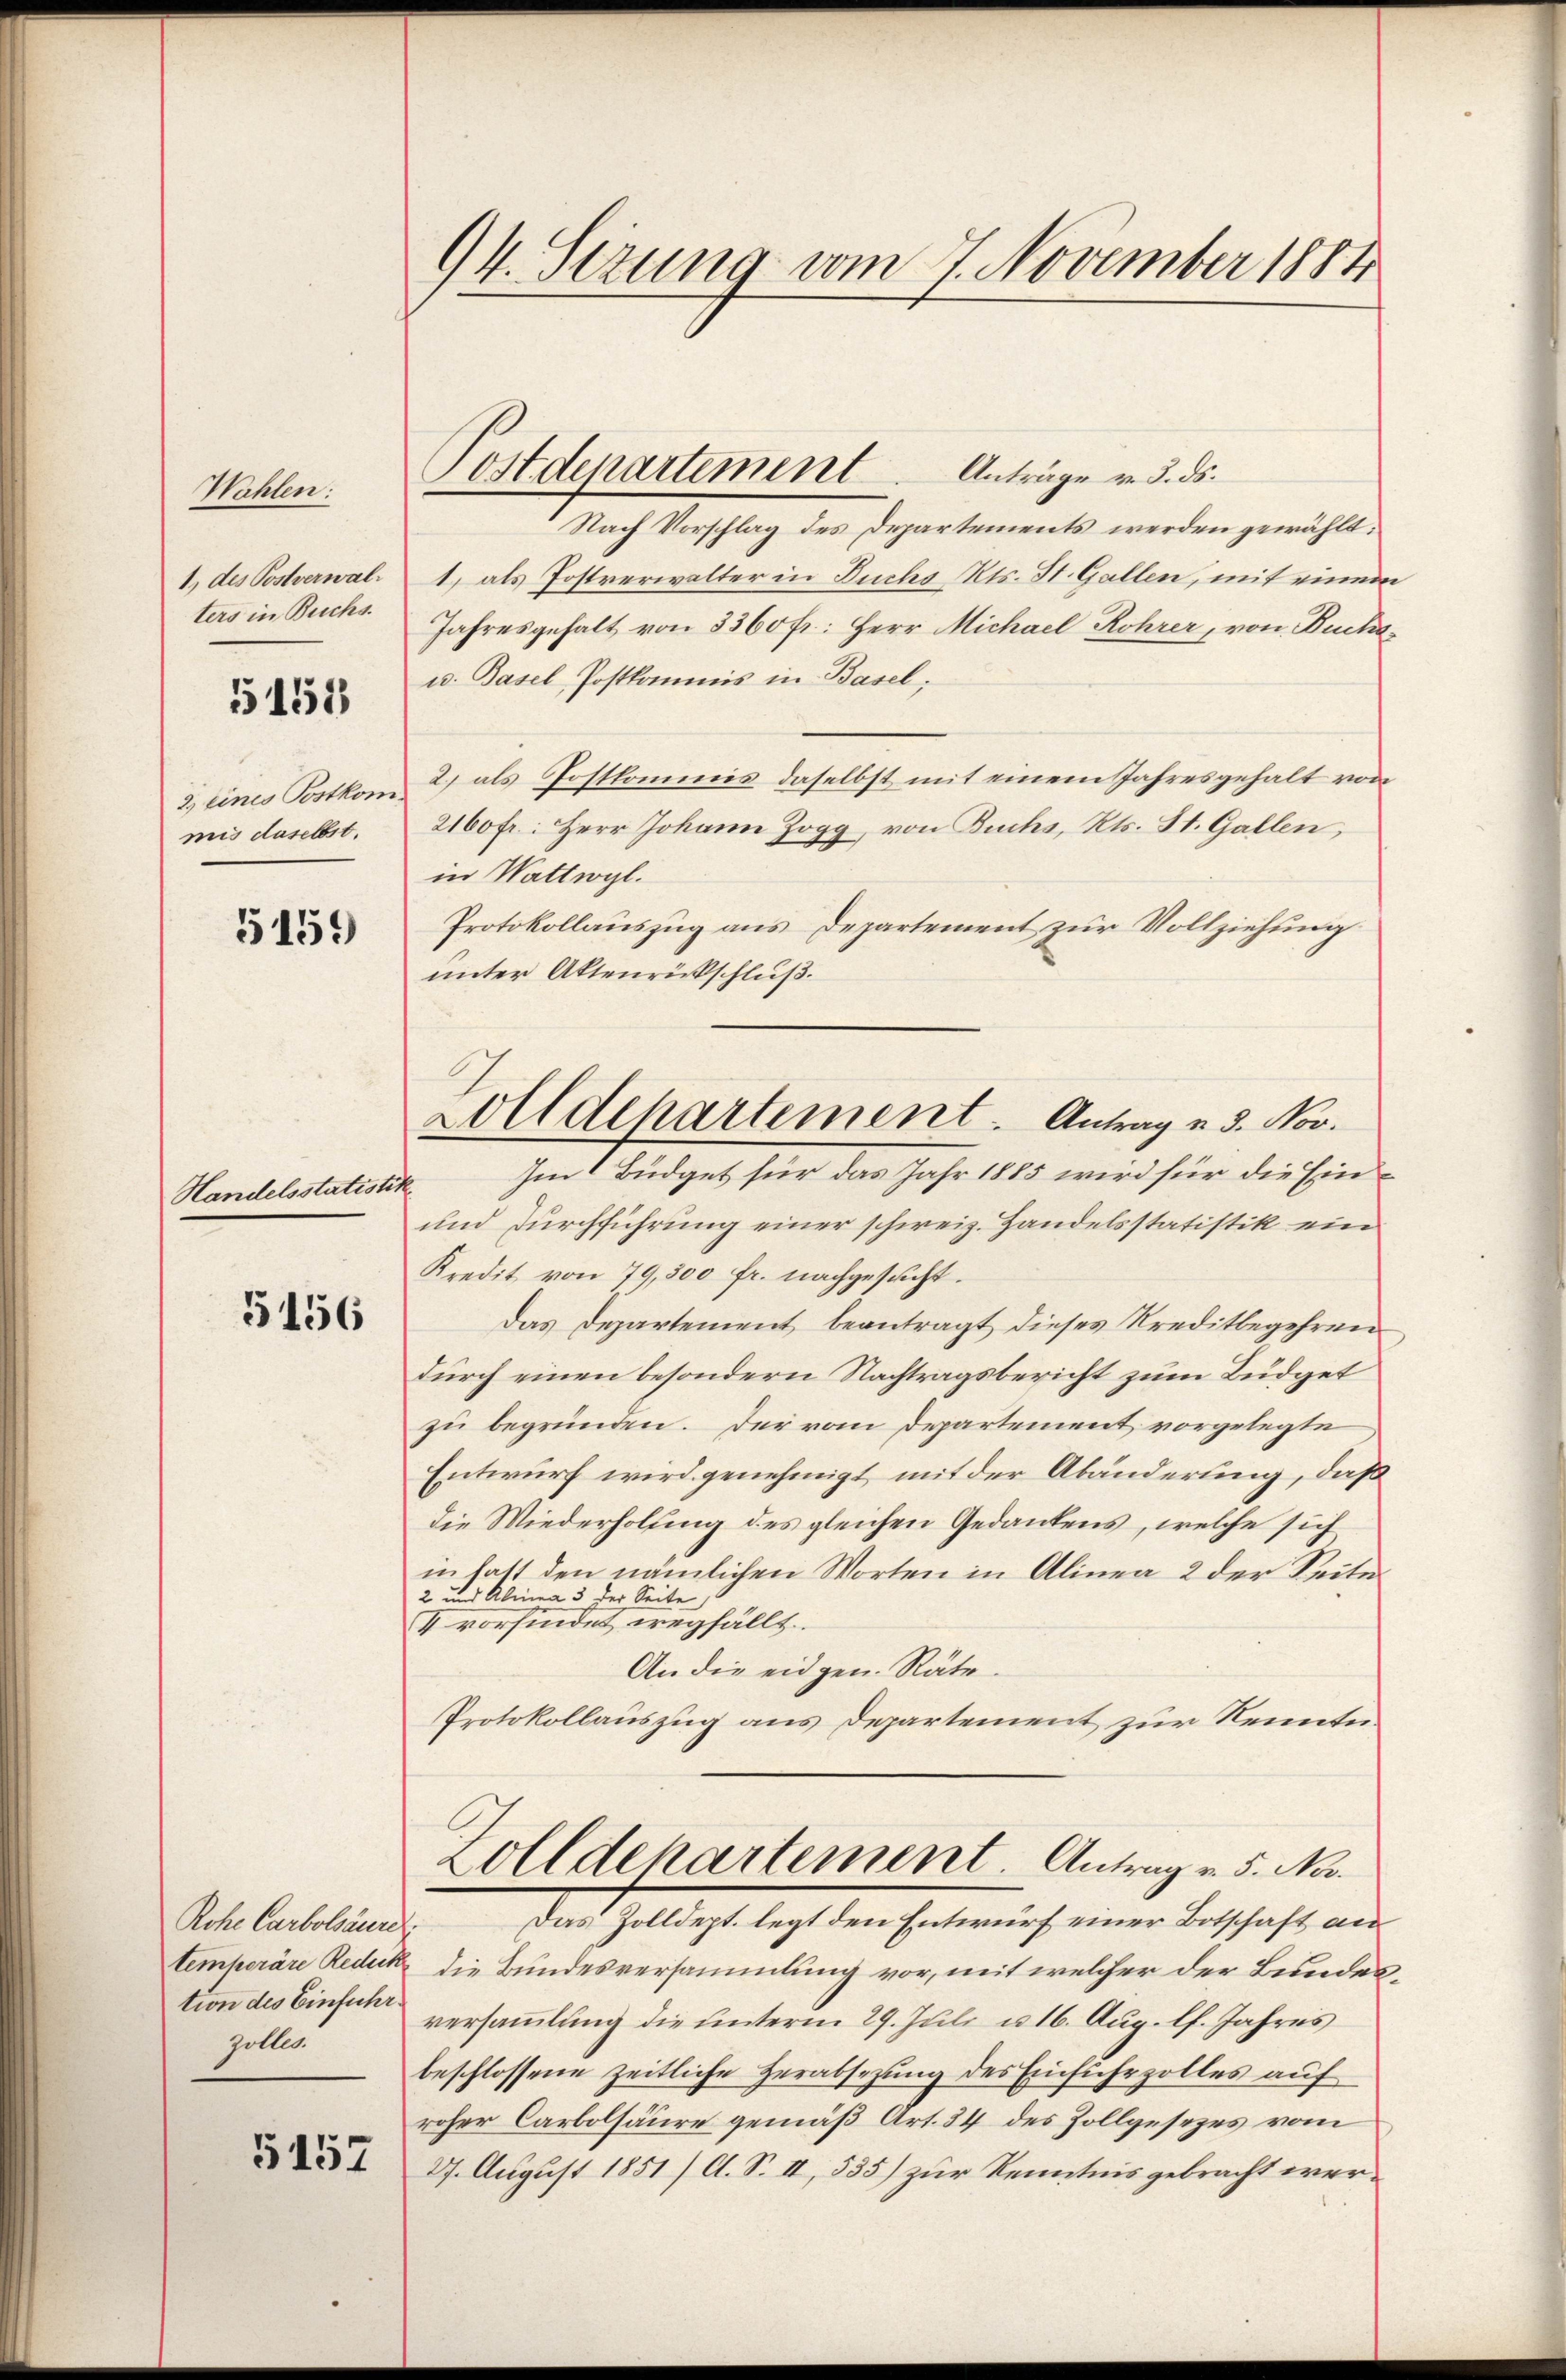
Wahlen:
1., des Postverwalters in Buchs.

5158

z eines Postkom
mis daselbst.

5159

Handelsstatistin

5156

Rohe Carbolsäure.
tion des Einführ
zollen.

5157

94. Sezung vom 7. November 1884

ostdepartement

Anträge v. 3. ds.
Nach Vorschlag des Departements werden gewählt:
1) als Postverwalter in Fuchs Kts. St. Gallen, mit einem
Jahresgehalt von 3360 fr. Herr Michael Rohrer, von Buchs¬
u. Basel-Postkommis in Basel;
2) als Postkommnis daselbst mit einem Jahresgehalt von
2160 fr. Herr Johann Jogg, von Buchs, Kts. St. Gallen,
in Wattwyl.
Protokollauszug aus Departement zur Vollziehung
unter Aktenrückschluß.
Im Büdget für das Jahr 1885 wird für die Ein¬
und Durchführung einer schweiz. Handelsstatistik ein
Kredit von 79,500 fr. nachgesucht.
Das Departement beantragt dieses Kreditbegehren
durch einen besondern Nachtragsbericht zum Büdget
zu begründen. Der vom Departement vorgelegte
Entwurf wird genehmigt mit der Abänderung, daß
die Wiederholung des gleichen Gedankens, welche sich
in hatt den nämlichen Worten in Alinea 2 der Seite
2 und Alina 3 der Seite
I vorfindet wegfällt.
An die eidgen. Räte.
Protokollauszug aus Departement zur Kenntni¬
Zolldepartement. Antrag v. 5. No.
Das Zolldept. legt den Entwurf einer Botschaft an
temporäre Redukt die Bundesversammlung vor, mit welcher der Bundesversammlung die unterm 29. Juli u. 16. Aug. lf. Jahres
beschlossene zeitliche Herabsetzung des Einfuhrzolles auf
roher Carbolsäure gemäß Art. 34 des Zollgesezes vom
27. August 1851) A. S. II, 535) zur Kenntnis gebracht wer¬

Zolldepartement. Antrag u. 5. Nov.